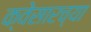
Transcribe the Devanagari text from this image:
क्वेसारच्या